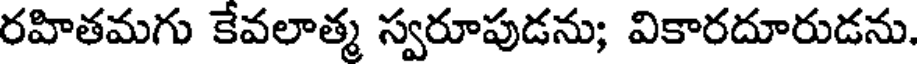
రహితమగు కేవలాత్మ స్వరూపుడను; వికారదూరుడను.